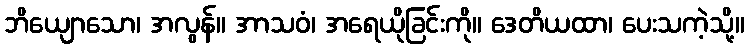
ဘိယျောသော၊ အလွန်။ အာသဝံ၊ အရေယိုခြင်းကို။ ဒေတိယထာ၊ ပေးသကဲ့သို့။